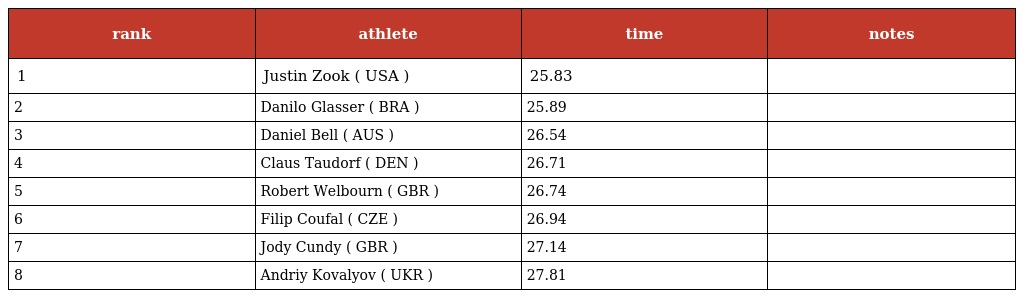
| rank | athlete | time | notes |
 | --- | --- | --- | --- |
 | 1 | Justin Zook ( USA ) | 25.83 |  |
 | 2 | Danilo Glasser ( BRA ) | 25.89 |  |
 | 3 | Daniel Bell ( AUS ) | 26.54 |  |
 | 4 | Claus Taudorf ( DEN ) | 26.71 |  |
 | 5 | Robert Welbourn ( GBR ) | 26.74 |  |
 | 6 | Filip Coufal ( CZE ) | 26.94 |  |
 | 7 | Jody Cundy ( GBR ) | 27.14 |  |
 | 8 | Andriy Kovalyov ( UKR ) | 27.81 |  |